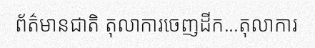
ព័ត៌មានជាតិ តុលាការចេញដីក...តុលាការ